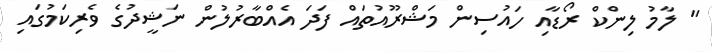
" ލާމު ލިންކް ރޯޑާއި ހައުސިން މަޝްރޫއުތައް ފަދަ އެއްބާރުލުން ނަޝީދުގެ ވެރިކަމުގައި